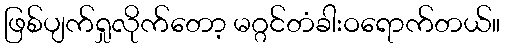
ဖြစ်ပျက်ရှုလိုက်တော့ မဂ္ဂင်တံခါးဝရောက်တယ်။